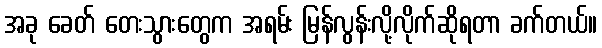
အခု ခေတ် တေးသွားတွေက အရမ်း မြန်လွန်းလို့လိုက်ဆိုရတာ ခက်တယ်။